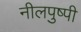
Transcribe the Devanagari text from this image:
नीलपुष्पी